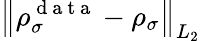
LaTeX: \left\lVert\rho_{\sigma}^{\mathrm{~d~a~t~a~}}-\rho_{\sigma}\right\rVert_{L_{2}}